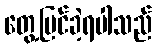
တွေ့မြင်ခဲ့ရပါသည်